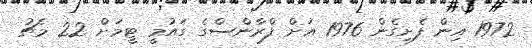
1972 އިން ފެށިގެން 1976 އަށް ފްރާންސްގެ ގައުމީ ޓީމަށް 22 މެޗު